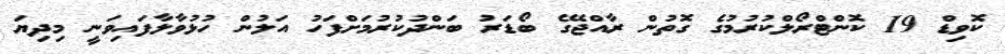
ކޮވިޑް 19 ކޮންޓްރޯލްކުރުމުގެ ގޮތުން ރާއްޖޭގެ ބޯޑަރު ބަންދުކުރުމަށްފަހު އަލުން ހުޅުވާލާފައިވަނީ މިދިޔަ